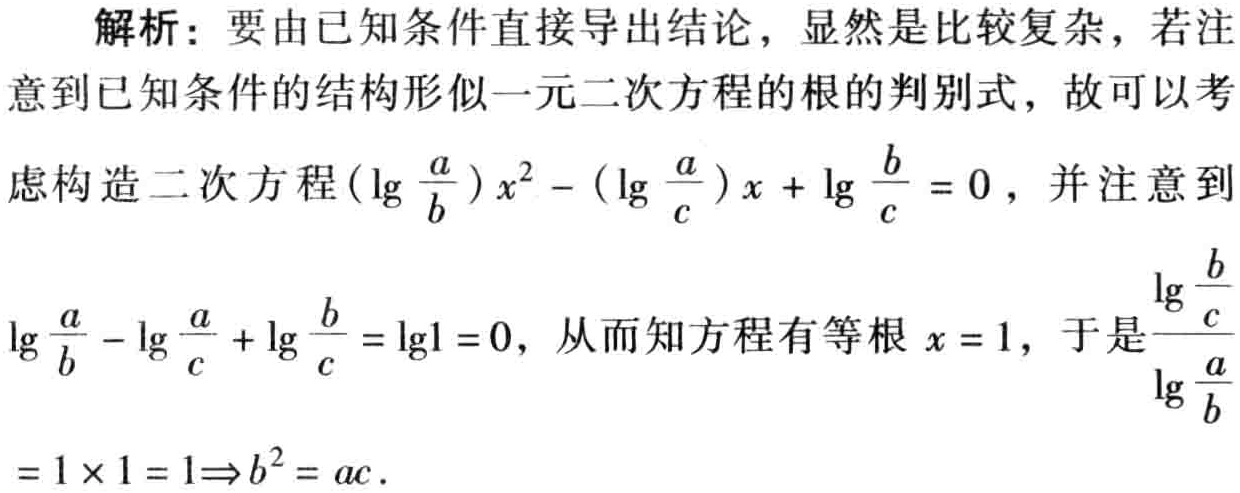
解析：要由已知条件直接导出结论，显然是比较复杂，若注意到已知条件的结构形似一元二次方程的根的判别式，故可以考虑构造二次方程\((\lg\frac{a}{b})x^{2}-(\lg\frac{a}{c})x + \lg\frac{b}{c}=0\)，并注意到\(\lg\frac{a}{b}-\lg\frac{a}{c}+\lg\frac{b}{c}=\lg1 = 0\)，从而知方程有等根\(x = 1\)，于是\(\frac{\lg\frac{b}{c}}{\lg\frac{a}{b}}=1\times1 = 1\Rightarrow b^{2}=ac\)。